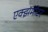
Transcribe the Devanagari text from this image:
एक्झॅमीटर